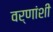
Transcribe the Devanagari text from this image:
वर्णांशी